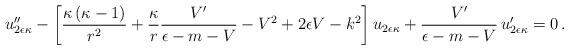
LaTeX: \begin{align*}u_{2\epsilon\kappa}''-\left[\frac{\kappa\left(\kappa-1\right)}{r^2}+\frac{\kappa}{ r}\frac{V'}{\epsilon-m-V}-V^2+2\epsilon V-k^2\right]u_{2\epsilon\kappa}+\frac{V'}{\epsilon-m-V}\,u_{2\epsilon\kappa}'=0\,.\end{align*}